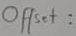
Text: Offset: